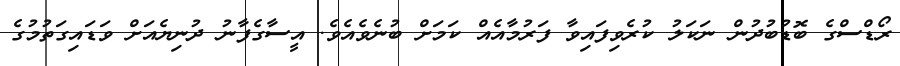
ރޯޑްސްގެ ބޮޑުބުދުން ނަކަލު ކުރެވިފައިވާ ފަރުމާއެއް ކަމަށް ބުނެވެއެވެ. އީސާގެފާނު ދުނިޔެއަށް ވަޑައިގަތުމުގެ